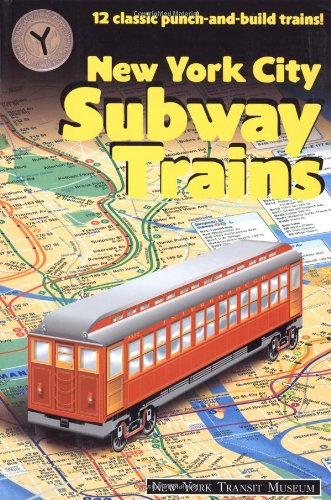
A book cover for New York City Subway Trains: 12 Classic Punch and Build Trains; New York Transit Museum; Engineering & Transportation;